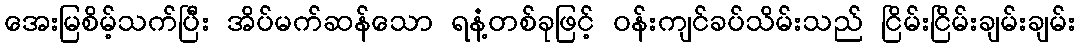
အေးမြစိမ့်သက်ပြီး အိပ်မက်ဆန်သော ရနံ့တစ်ခုဖြင့် ဝန်းကျင်ခပ်သိမ်းသည် ငြိမ်းငြိမ်းချမ်းချမ်း